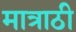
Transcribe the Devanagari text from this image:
मात्राठी